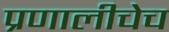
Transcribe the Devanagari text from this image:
प्रणालीचेच